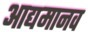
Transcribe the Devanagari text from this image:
आद्यमानव